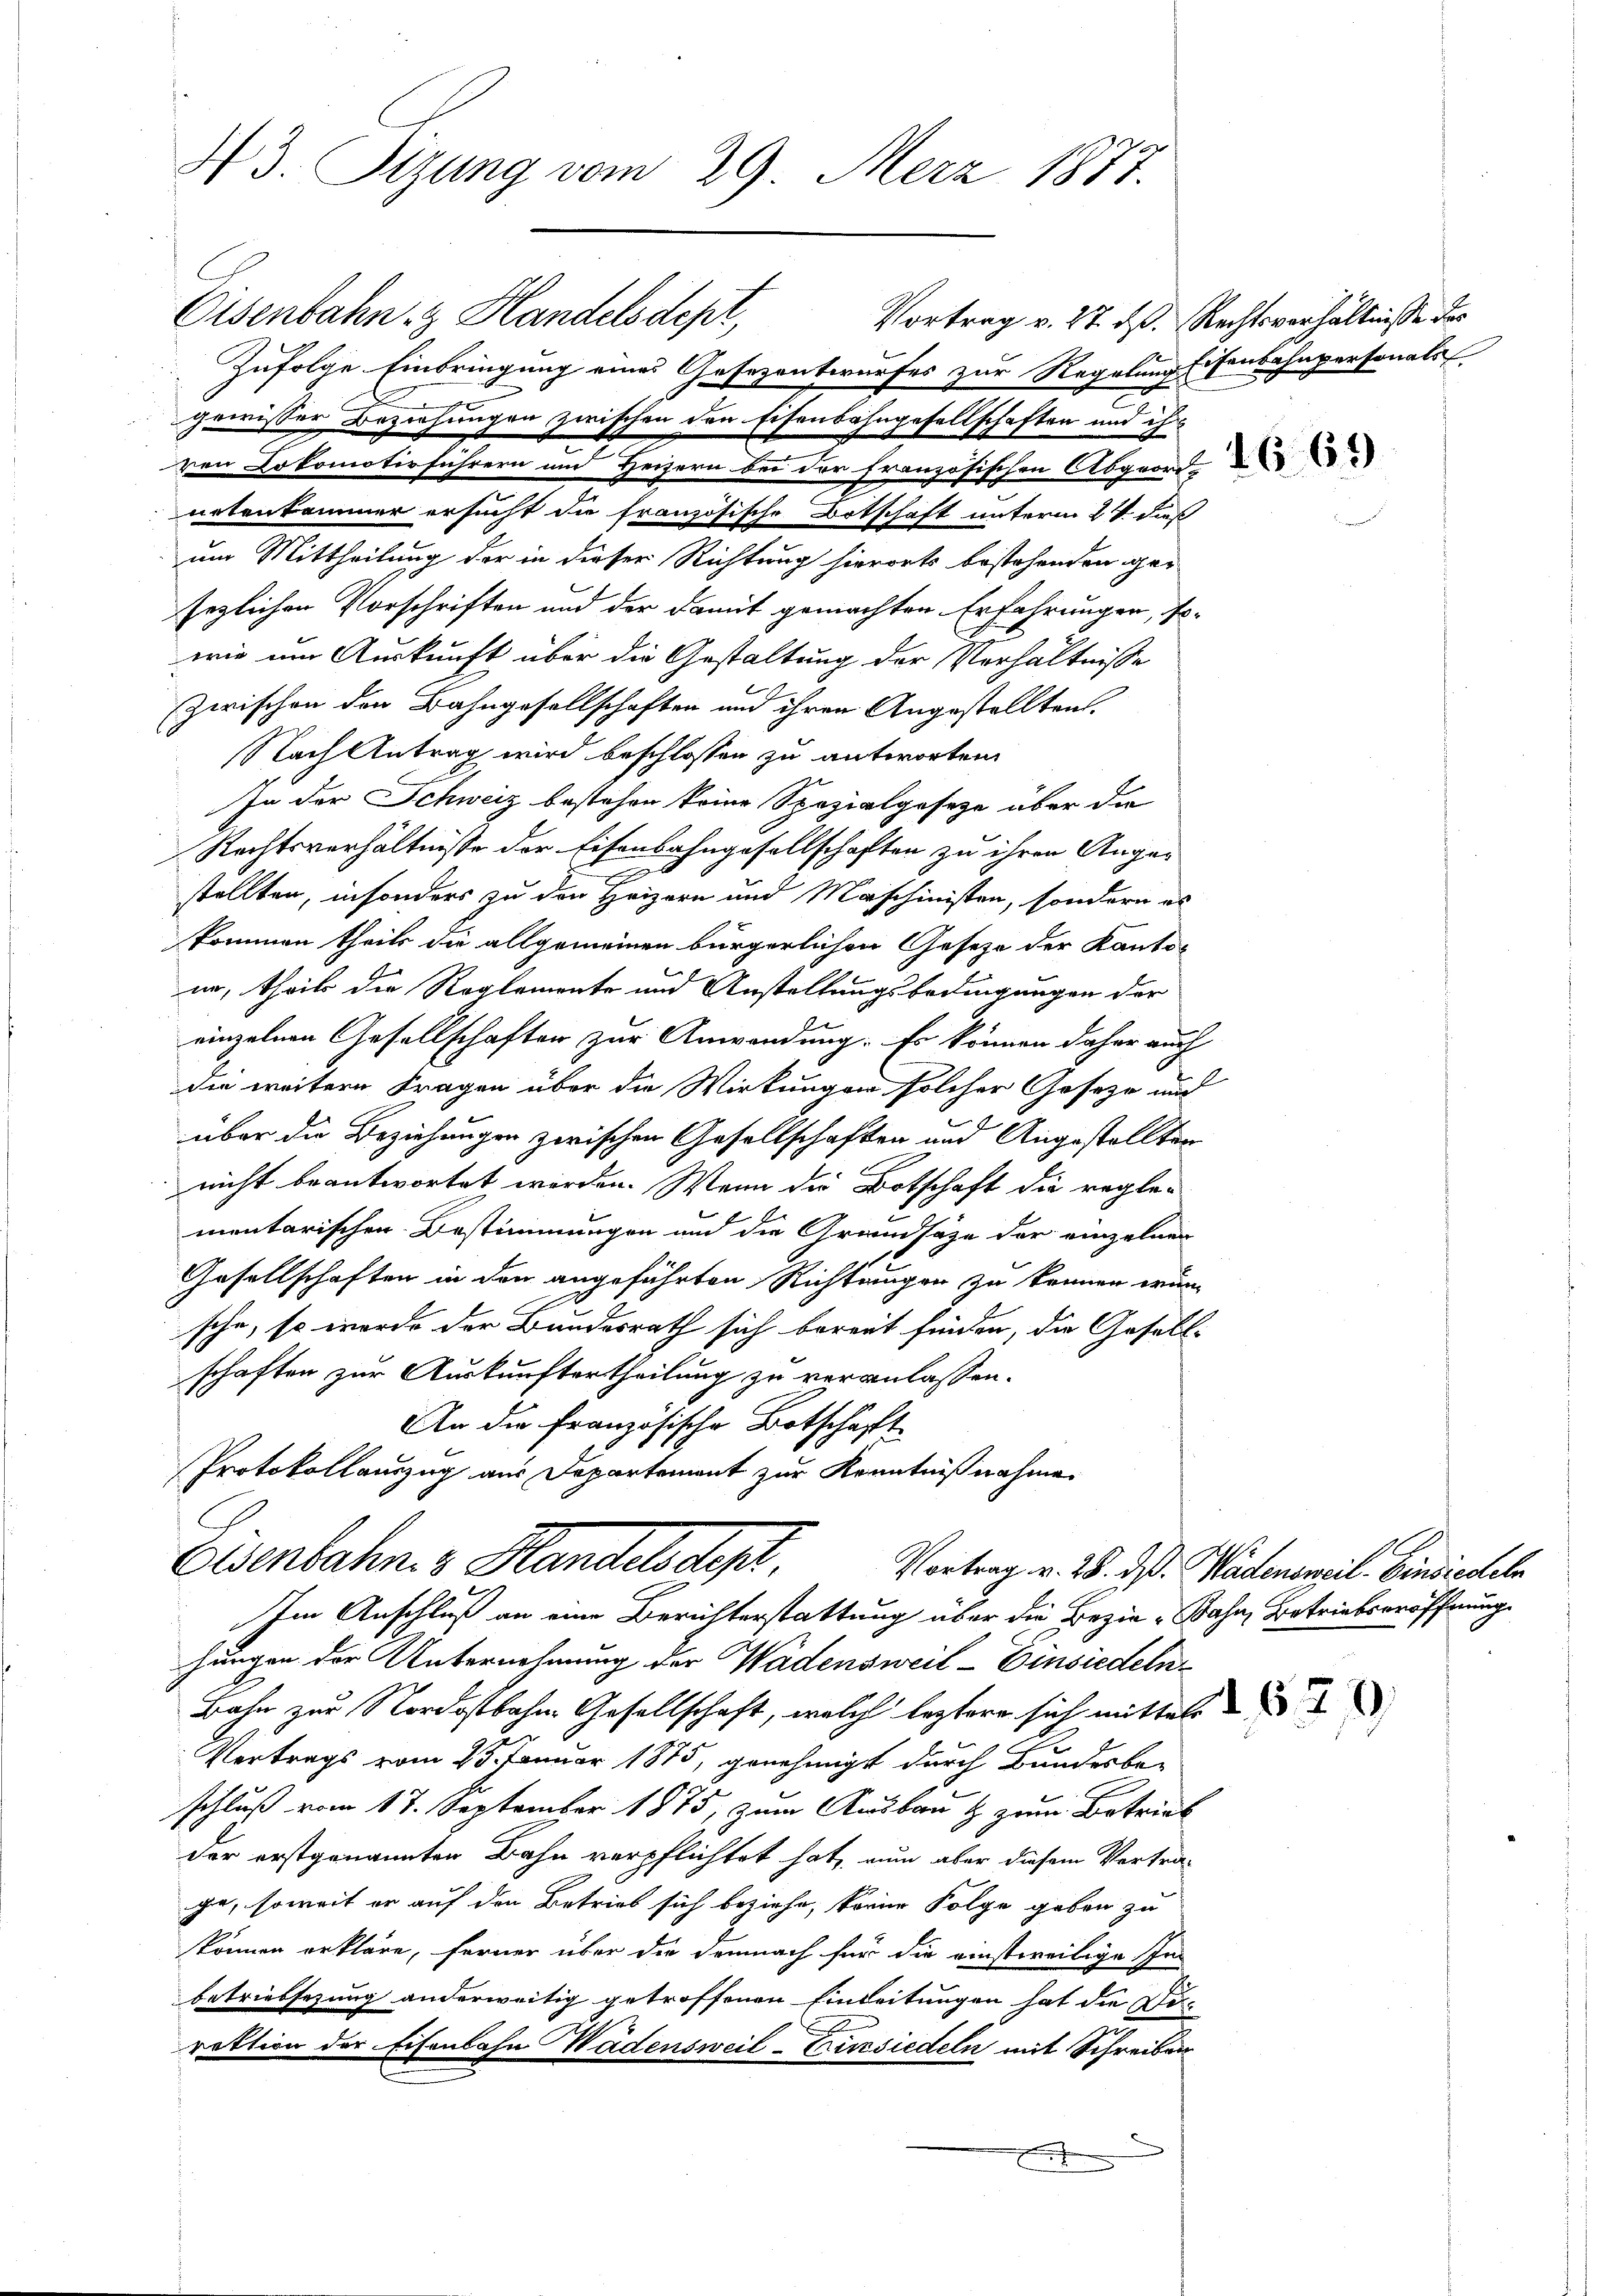
43. Sizung vom 29. März 1877.

Eisenbahn z Handelsdept,
Zufolge Einbringung eines Gesezentwurfes zur Regelung (Fenbahnpersonals
ren Lokomotivführern und Heizern bei der französischen Abgeord-
nrtenkammer ersucht die französische Botschaft unterm 2t dies
um Mittheilung der in dieser Richtung hierorts bestehenden ger
sezlichen Vorschriften und der damit gemachten Erfahrungen, sowie um Auskunft über die Gestaltung der Verhältnisse
zwischen den Bahngesellschaften und ihren Angestelltens
Nach Antrag wird beschlossen zu antworten.
In der Schweiz bestehen keine Spezialgesetze über die
Rechtsverhältnisse der Eisenbahngesellschaften zu ihren Angex
stellten, insonders zu den Heizern und Maschinisten, sondern es
kommen theils die allgemeinen bürgerlichen Gesetze der Kanto-
er, theils der Reglemente und Anstellungsbedingungen der
einzelnen Gesellschaften zur Anwendung. Es können daher auch
die weitere Fragen über die Wirkungen solcher Geseze und
über die Beziehungen zwischen Gesellschaften und Angestellten
nicht beantwortet werden. Wenn die Botschaft die regle-
mentarischen Bestimmungen und die Grundsätze der einzelnen
Gesellschaften in den angeführten Richtungen zu können wün
sche, so wurde der Bundesrath sich bereit finden, die Gesell-
schaften zur Auskunftertheilung zu veranlassen.
An die französische Botschaft
Protokollauszug aus Departement zur Kenntnißnahme
Eisenbahn. v. Handelsdept.
Vortrag v. 28. dß. Wädensweil. Einsiedeln
Im Anschluß an eine Berichterstattung über die Bezie-Bahn, Betriebseröffnung
hungen der Unternehmung der Wadensweil–Einsiedeln
Bahn zur Nordostbahne Gesellschaft, welch leztere sich mittels
Vertrags vom 25. Januar 1875, genehmigt durch Bandesbe-
schluß vom 17. September 1875, zum Ausbau & zum Betrieb
der erstgenannten Bahn verpflichtet hat, nun aber diesem Vertrage, soweit er auf den Betrieb sich beziehe, könne Folge geben zu
skönnen erkläre, ferner über die demnach für die einstweilige In-
betriebsezung anderweitig getroffenen Einleitungen hat die For-
raktion der Eisenbahn Wädensweil-Cirsiedeln mit Schreiben

gewisser Beziehungen zwischen den Eisenbahngesellschaften und ihr

Vortrag v. 27. ds. Rechtsverhältnisse des